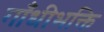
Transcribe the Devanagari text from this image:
गाँधीभक्ति